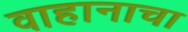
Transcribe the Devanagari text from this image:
वाहानाचा